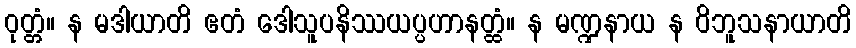
ဝုတ္တံ။ န မဒါယာတိ ဧတံ ဒေါသူပနိဿယပ္ပဟာနတ္ထံ။ န မဏ္ဍနာယ န ဝိဘူသနာယာတိ